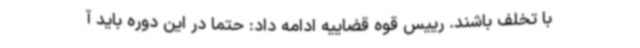
با تخلف باشند. رییس قوه قضاییه ادامه داد: حتما در این دوره باید آ